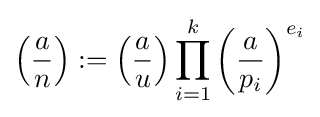
\left({\frac {a}{n}}\right):=\left({\frac {a}{u}}\right)\prod _{i=1}^{k}\left({\frac {a}{p_{i}}}\right)^{e_{i}}